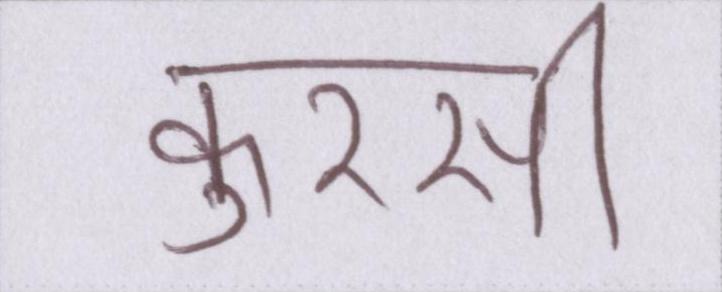
कुरसी